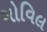
ગોવિલ